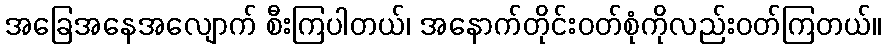
အခြေအနေအလျောက် စီးကြပါတယ်၊ အနောက်တိုင်းဝတ်စုံကိုလည်းဝတ်ကြတယ်။